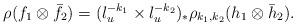
LaTeX: \begin{align*} \rho(f_1\otimes \bar{f}_2)=(l_u^{-k_1}\times l_u^{-k_2})_*\rho_{k_1,k_2} (h_1\otimes \bar{h}_2). \end{align*}